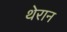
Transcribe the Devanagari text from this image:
थेरान